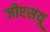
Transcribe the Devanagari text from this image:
जीएसयू